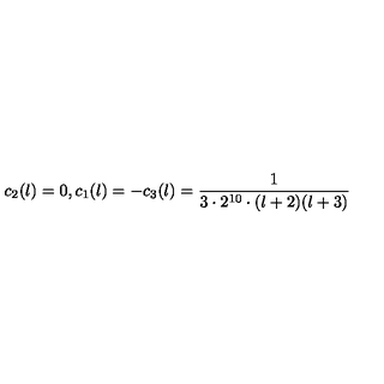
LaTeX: c _ { 2 } ( l ) = 0 , c _ { 1 } ( l ) = - c _ { 3 } ( l ) = { \frac { 1 } { 3 \cdot 2 ^ { 1 0 } \cdot ( l + 2 ) ( l + 3 ) } }